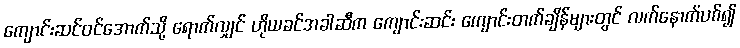
ကျောင်းဆင်ဝင်အောက်သို့ ရောက်လျှင် ဟိုယခင်အခါဆီက ကျောင်းဆင်း ကျောင်းတက်ချိန်များတွင် လက်နောက်ပစ်၍